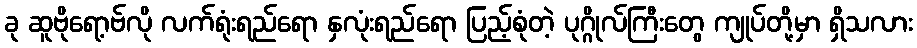
ခု ဆူဗိုရော့ဗ်လို လက်ရုံးရည်ရော နှလုံးရည်ရော ပြည့်စုံတဲ့ ပုဂ္ဂိုလ်ကြီးတွေ ကျုပ်တို့မှာ ရှိသလား